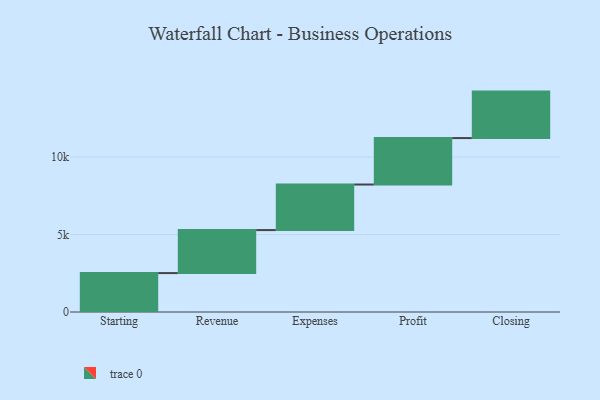
{"axis": {"x": "Step", "y": "Value"}, "legend": [""], "data": [{"x": "Starting", "y": 2513.0, "type": ""}, {"x": "Revenue", "y": 2776.0, "type": ""}, {"x": "Expenses", "y": 2941.0, "type": ""}, {"x": "Profit", "y": 3000, "type": ""}, {"x": "Closing", "y": 3000, "type": ""}]}